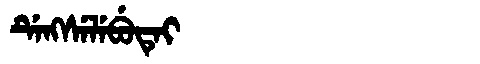
Manchu: ᡩᡝᠩᠰᡝᠯᡝᠪᡠᡨᡝᡳ
Romanization: DENGSELEBUTEI